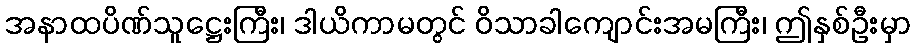
အနာထပိဏ်သူဋ္ဌေးကြီး၊ ဒါယိကာမတွင် ဝိသာခါကျောင်းအမကြီး၊ ဤနှစ်ဦးမှာ